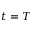
t = T